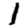
Digit: 1